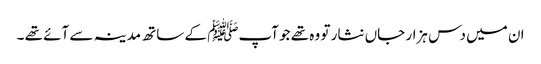
ان میں دس ہزار جاں نثار تو وہ تھے جو آپﷺ کے ساتھ مدینہ سے آئے تھے ۔